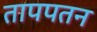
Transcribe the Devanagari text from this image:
तापपतन